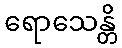
ရောသေန္တိ